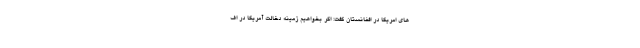
های امریکا در افغانستان گفت: اگر بخواهیم زمینه دخالت آمریکا در اف